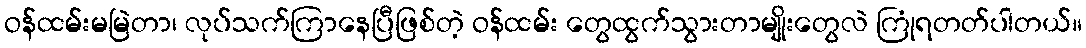
ဝန်ထမ်းမမြဲတာ၊ လုပ်သက်ကြာနေပြီဖြစ်တဲ့ ဝန်ထမ်း တွေထွက်သွားတာမျိုးတွေလဲ ကြုံရတတ်ပါတယ်။